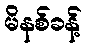
မိနစ်ခန့်